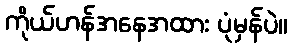
ကိုယ်ဟန်အနေအထား ပုံမှန်ပဲ။